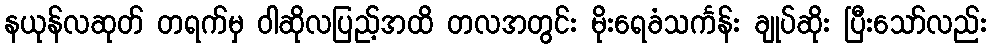
နယုန်လဆုတ် တရက်မှ ဝါဆိုလပြည့်အထိ တလအတွင်း မိုးရေခံသင်္ကန်း ချုပ်ဆိုး ပြီးသော်လည်း